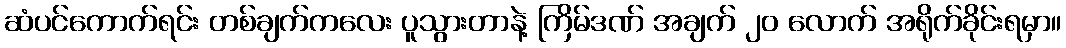
ဆံပင်ကောက်ရင်း တစ်ချက်ကလေး ပူသွားတာနဲ့ ကြိမ်ဒဏ် အချက် ၂၀ လောက် အရိုက်ခိုင်းရမှာ။